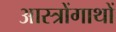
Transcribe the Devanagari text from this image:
आस्त्रोंगाथों